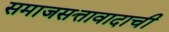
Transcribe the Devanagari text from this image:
समाजसत्तावादाची